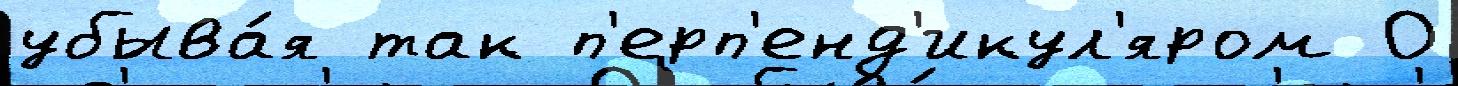
убыва́я так п'ерп'енд'икул'яром 0